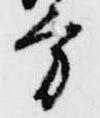
方